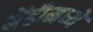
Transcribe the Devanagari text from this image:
मेंढीमध्ये